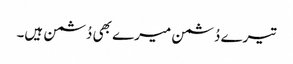
تیرے دُشمن میرے بھی دُشمن ہیں۔